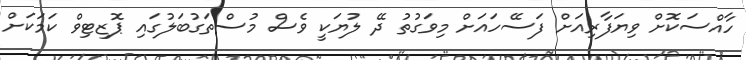
ހާއްސަކޮށް ވިޔަފާރިއަށް ފަސޭހައަަށް މިވަގުތު ދޭ ލުޔަކީ ވެސް މުސްތަގުބަލުގައި ޕޮޒިޓިވް ކަމަކަށް